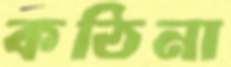
কঠিনা